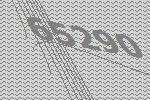
65290